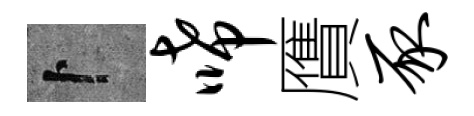
卜唏贋豕